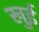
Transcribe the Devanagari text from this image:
खुई